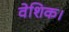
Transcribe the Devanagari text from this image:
वेशिक।